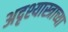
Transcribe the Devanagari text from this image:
अदृश्यास्त्राच्या